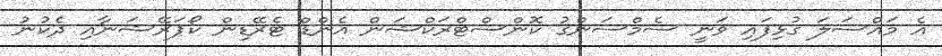
އެ މައްސަލަ ގުޅިފައި ވަނީ ސެމްސަންގު ކޮންސްޓްރަކްޝަން އެންޑް ޓެރޭޑިން ކޯޕަރޭޝަނާއި ދެކުނު